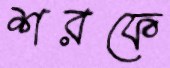
শরফে